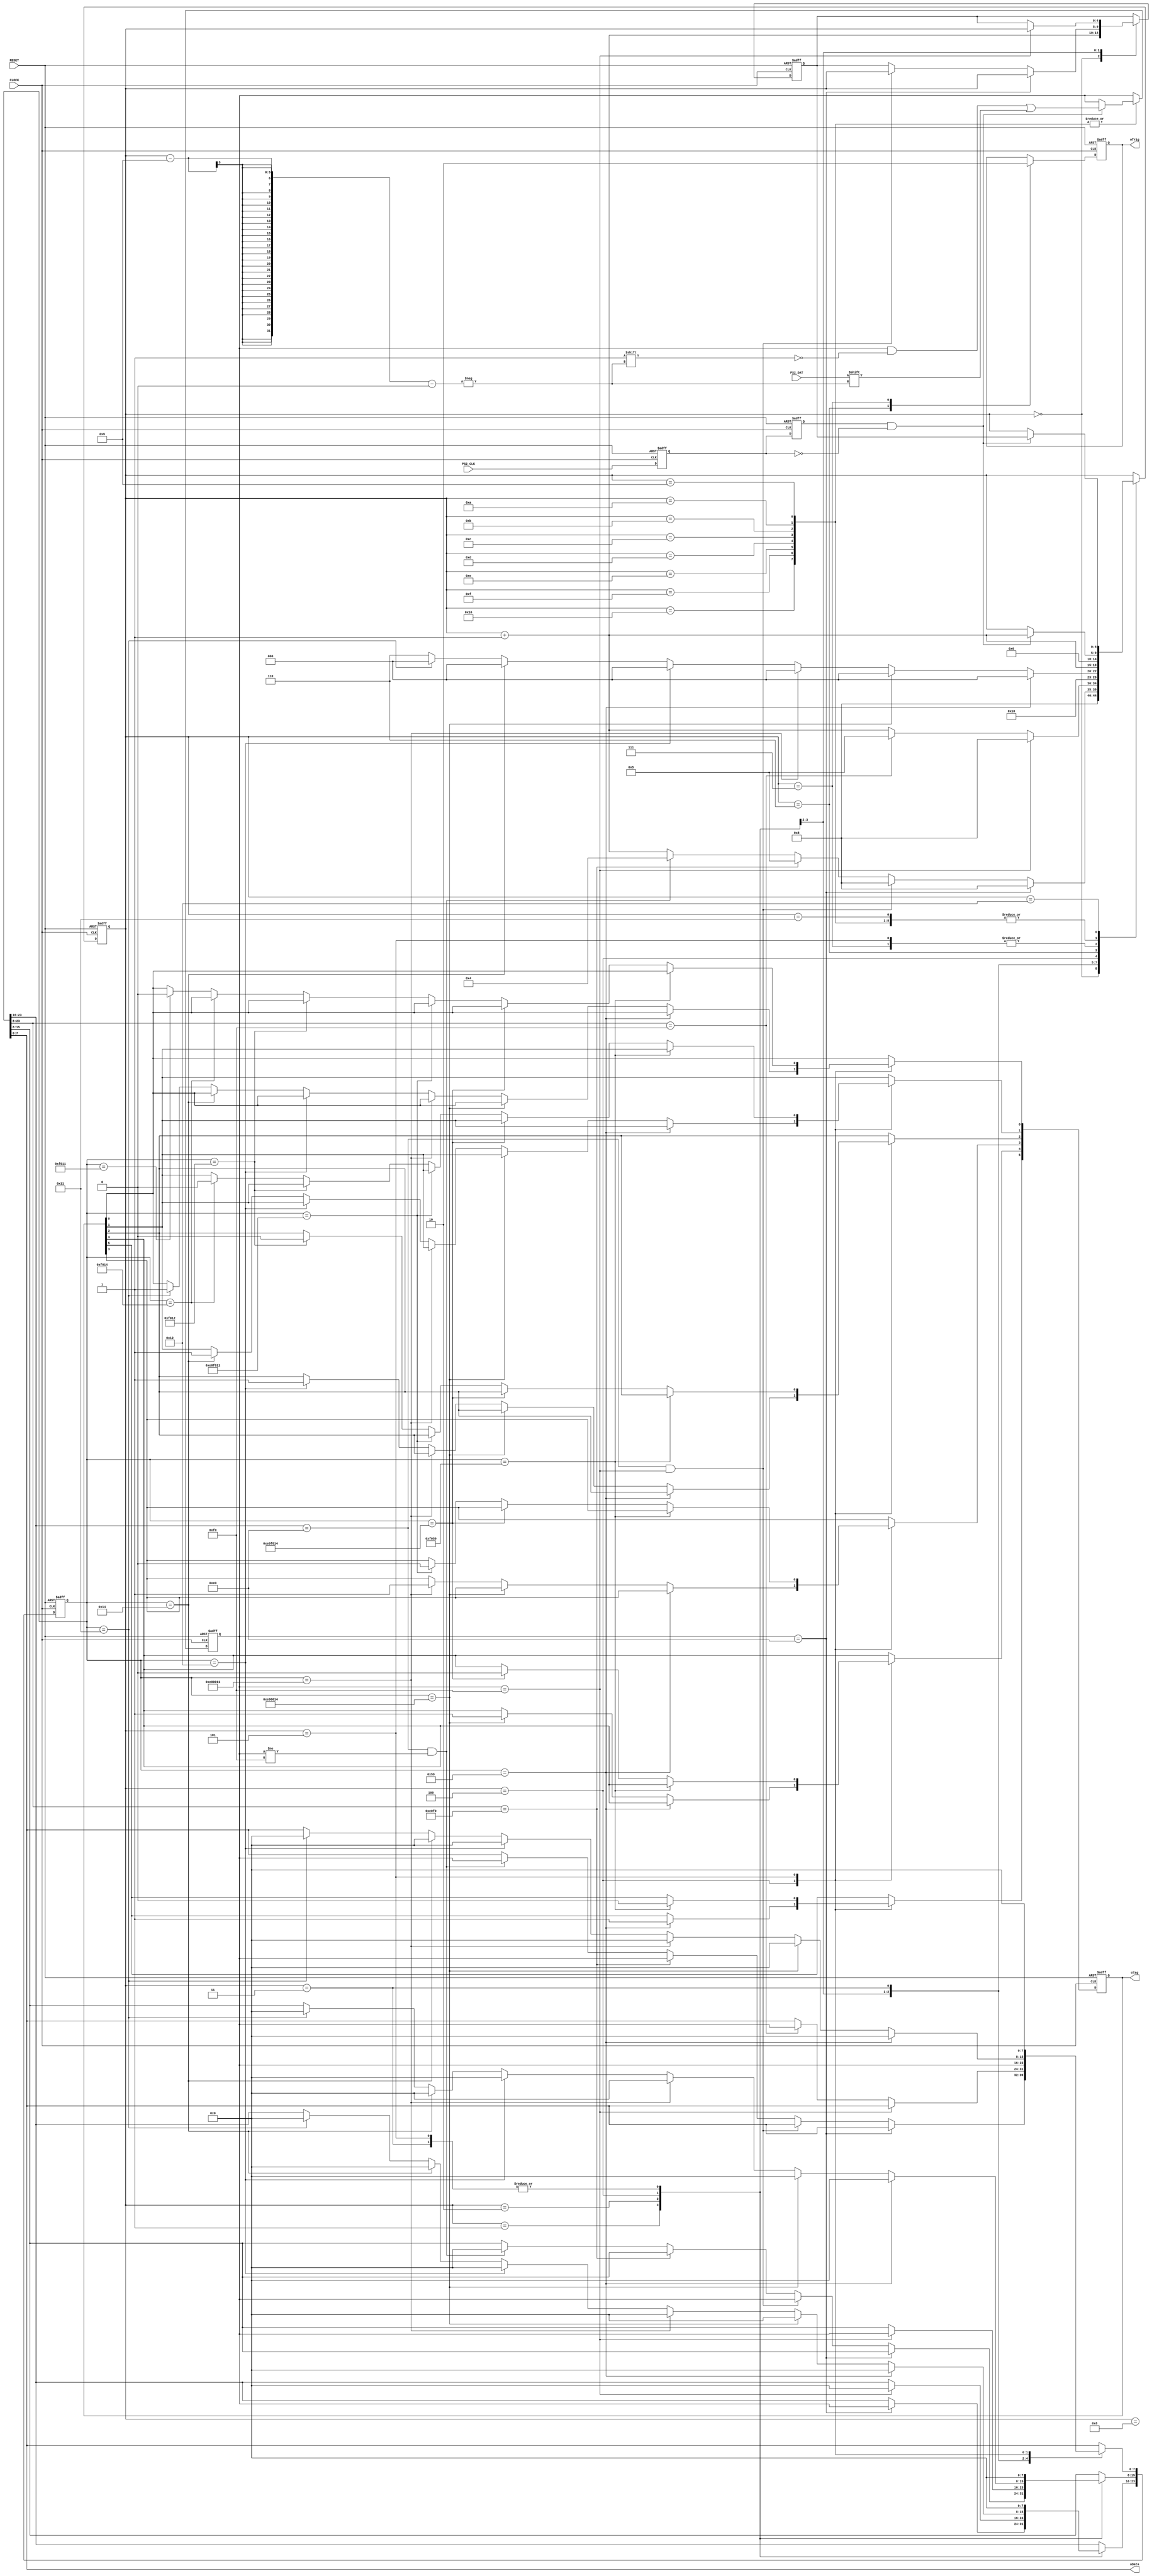
module ps2keyboard_funcmod	
(
    input CLOCK, RESET,
	 input PS2_CLK, PS2_DAT,
	 output oTrig,
	 output [7:0]oData,
	 output [5:0]oTag
);
    parameter MLSHIFT = 24'h00_00_12, MLCTRL = 24'h00_00_14, MLALT = 24'h00_00_11;
	 parameter BLSHIFT = 24'h00_F0_12, BLCTRL = 24'h00_F0_14, BLALT = 24'h00_F0_11;
	 parameter MRSHIFT = 24'h00_00_59, MRCTRL = 24'hE0_00_14, MRALT = 24'hE0_00_11;
	 parameter BRSHIFT = 24'h00_F0_59, BRCTRL = 24'hE0_F0_14, BRALT = 24'hE0_F0_11;
	 parameter BREAK = 8'hF0;
	 parameter FF_Read = 5'd8, DONE = 5'd6, SET = 5'd4, CLEAR = 5'd5;

	 /*******************************/ // sub1
	 
    reg F2,F1; 
	 
    always @ ( posedge CLOCK or negedge RESET )
	     if( !RESET )
		      { F2,F1 } <= 2'b11;
		  else
		      { F2, F1 } <= { F1, PS2_CLK };

	 /*******************************/ // core
	 
	 wire isH2L = ( F2 == 1'b1 && F1 == 1'b0 );
	 reg [7:0]T;
	 reg [23:0]D1;
	 reg [5:0]isTag; // [2]isRShift, [1]isRCtrl, [0]isRAlt, [2]isLShift, [1]isLCtrl, [0]isLAlt;
	 reg [4:0]i,Go;
	 reg isDone;
	 
	 always @ ( posedge CLOCK or negedge RESET )
	     if( !RESET )
		      begin
				    T <= 8'd0;
				    D1 <= 24'd0;
					 isTag <= 6'd0;
					 i <= 5'd0;
					 Go <= 5'd0;
					 isDone <= 1'b0;
				end
		   else
			    case( i )
					  
					  0: // Read Make
					  begin i <= FF_Read; Go <= i + 1'b1; end
					  
					  1: // E0_xx_xx & E0_F0_xx Check
					  if( T == 8'hE0 ) begin D1[23:16] <= T; i <= FF_Read; Go <= i; end
					  else if( D1[23:16] == 8'hE0 && T == 8'hF0 ) begin D1[15:8] <= T; i <= FF_Read; Go <= i; end
					  else if( D1[23:8] == 16'hE0_F0 ) begin D1[7:0] <= T; i <= CLEAR; end
					  else if( D1[23:16] == 8'hE0 && T != 8'hF0 ) begin D1[15:0] <= {8'd0, T}; i <= SET; end
					  else i <= i + 1'b1;
					  
					  2: // 00_F0_xx Check
					  if( T == BREAK ) begin D1[23:8] <= {8'd0,T}; i <= FF_Read; Go <= i; end
					  else if( D1[23:8] == 16'h00_F0 ) begin D1[7:0] <= T; i <= CLEAR; end
		           else i <= i + 1'b1;
		 
					  3: // 00_00_xx Check
					  begin D1 <= {16'd0,T}; i <= SET; end
					
					  4: // Set state
					  if( D1 == MRSHIFT ) begin isTag[5] <= 1'b1; D1 <= 24'd0; i <= 5'd0; end
					  else if( D1 == MRCTRL ) begin isTag[4] <= 1'b1; D1 <= 24'd0; i <= 5'd0; end
					  else if( D1 == MRALT ) begin isTag[3] <= 1'b1; D1 <= 24'd0; i <= 5'd0; end
					  else if( D1 == MLSHIFT ) begin isTag[2] <= 1'b1; D1 <= 24'd0; i <= 5'd0; end
					  else if( D1 == MLCTRL ) begin isTag[1] <= 1'b1; D1 <= 24'd0; i <= 5'd0; end
					  else if( D1 == MLALT ) begin isTag[0] <= 1'b1; D1 <= 24'd0; i <= 5'd0; end
					  else i <= DONE;
					  
					  5: // Clear state
					  if( D1 == BRSHIFT ) begin isTag[5] <= 1'b0; D1 <= 24'd0; i <= 5'd0; end
					  else if( D1 == BRCTRL ) begin isTag[4] <= 1'b0; D1 <= 24'd0; i <= 5'd0; end
					  else if( D1 == BRALT ) begin isTag[3] <= 1'b0; D1 <= 24'd0; i <= 5'd0; end
					  else if( D1 == BLSHIFT ) begin isTag[2] <= 1'b0; D1 <= 24'd0; i <= 5'd0; end
					  else if( D1 == BLCTRL ) begin isTag[1] <= 1'b0; D1 <= 24'd0; i <= 5'd0; end
					  else if( D1 == BLALT ) begin isTag[0] <= 1'b0; D1 <= 24'd0; i <= 5'd0; end
					  else begin D1 <= 24'd0; i <= 5'd0; end
					  
					  6: // DONE
					  begin isDone <= 1'b1; i <= i + 1'b1; end
					  
					  7:
					  begin isDone <= 1'b0; i <= 5'd0; end

					  /****************/ // PS2 Read Function
					  
					  8:  // Start bit
					  if( isH2L ) i <= i + 1'b1; 
					  
					  9,10,11,12,13,14,15,16:  // Data byte
					  if( isH2L ) begin i <= i + 1'b1; T[ i-9 ] <= PS2_DAT; end
					  
					  17: // Parity bit
					  if( isH2L ) i <= i + 1'b1;
					  
					  18: // Stop bit
					  if( isH2L ) i <= Go;
					    
				 endcase
	 
	 assign oTrig = isDone;
	 assign oData = D1[7:0];
	 assign oTag = isTag;
	 
endmodule